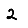
Digit: 2